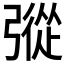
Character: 𢐔